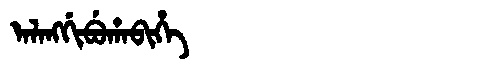
Manchu: ᠠᠯᠠᠩᡤᡳᠪᡠᡥᠠᠪᡳᡥᡝ
Romanization: ALANGGIBUHABIHE